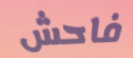
فاحش